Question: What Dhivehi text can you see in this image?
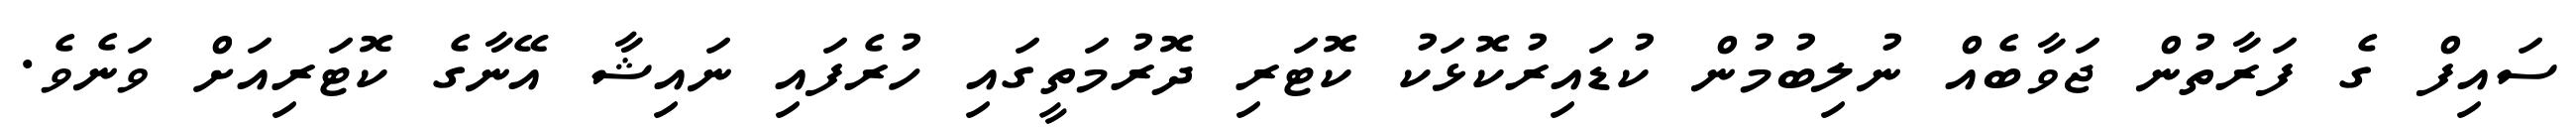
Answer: ސައިފް ގެ ފަރާތުން ޖަވާބެއް ނުލިބުމުން ކުޑައިރުކޮޅަކު ކޮޓަރި ދޮރުމަތީގައި ހުރެފައި ނައިޝާ އޭނާގެ ކޮޓަރިއަށް ވަނެވެ.